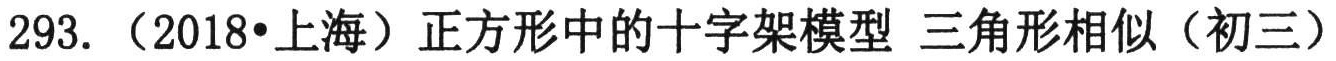
293. （2018•上海）正方形中的十字架模型 三角形相似（初三）